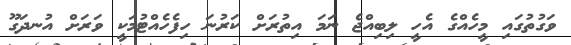
ވަގުތުގައި މީހެއްގެ އެހީ ލިބިއްޖެ ނަމަ އިތުރަށް ކަރުނަ ހިފެހެއްޓުމަކީ ވަރަށް އުނދަގޫ